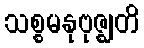
သစ္စမနုဗုဇ္ဈတိ